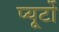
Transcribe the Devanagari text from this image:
प्‍यूर्टो